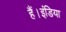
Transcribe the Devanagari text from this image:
हैं।इंडिया